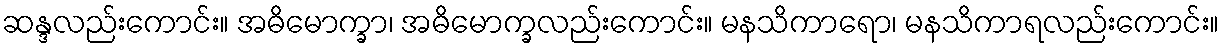
ဆန္ဒလည်းကောင်း။ အဓိမောက္ခာ၊ အဓိမောက္ခလည်းကောင်း။ မနသိကာရော၊ မနသိကာရလည်းကောင်း။